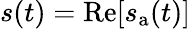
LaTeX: s(t)=\operatorname{Re}[s_{\mathrm{a}}(t)]